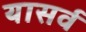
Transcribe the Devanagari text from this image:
यासर्व